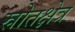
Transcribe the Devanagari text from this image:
स्रोतक्षेत्र